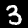
Label: 3